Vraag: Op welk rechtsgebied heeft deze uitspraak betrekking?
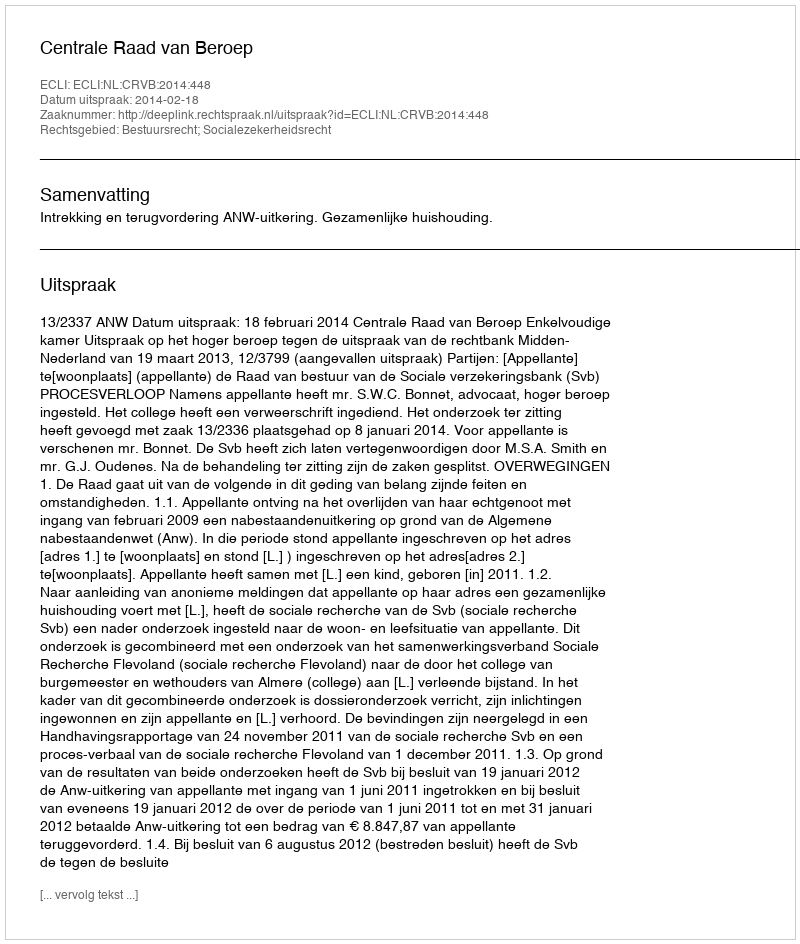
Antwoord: Bestuursrecht; Socialezekerheidsrecht